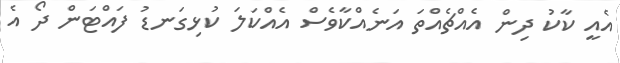
އެއީ ކާކު ދިން އެއްޗެއްތަ އަނެއްކާވެސް އެއްކަލަ ކުޅިގަނޑު ފައްޓަން ދޯ އެ